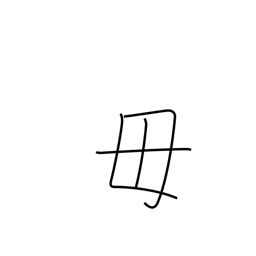
Meaning: be not